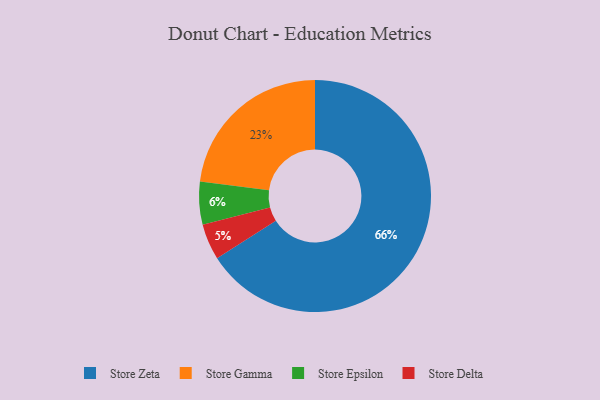
{"axis": {"x": "Category", "y": "Percentage"}, "legend": ["Store Delta", "Store Epsilon", "Store Gamma", "Store Zeta"], "data": [{"x": "Store Epsilon", "y": 6, "type": "Store Epsilon"}, {"x": "Store Delta", "y": 5, "type": "Store Delta"}, {"x": "Store Gamma", "y": 23, "type": "Store Gamma"}, {"x": "Store Zeta", "y": 66, "type": "Store Zeta"}]}